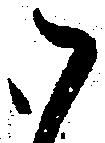
御